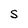
Character: S